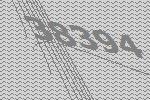
38394